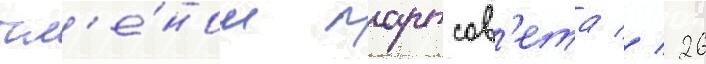
чл'е́ном партсов'ета // 26